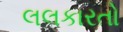
લલકારતો